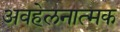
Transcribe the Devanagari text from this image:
अवहेलनात्मक